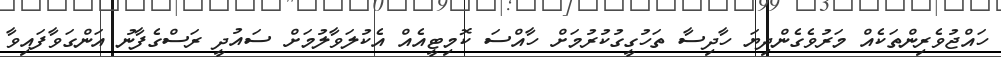
ހައްޖުވެރިންތަކެއް މަރުވެގެންދިޔަ ހާދިސާ ތަހުގީގުކުރުމަށް ހާއްސަ ކޮމިޓީއެއް އެކުލަވާލުމަށް ސައުދީ ރަސްގެފާނު އަންގަވާފައިވާ